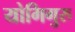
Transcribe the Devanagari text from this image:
योगिगुरु